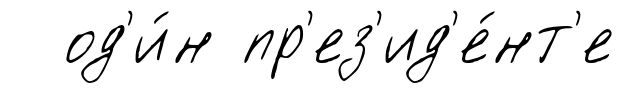
од'и́н пр'ез'ид'е́нт'е